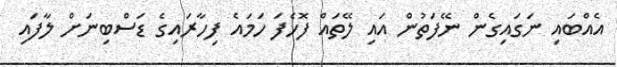
އެއްބައި ނަގައިގެން ނޭފަތުން އައި ލޭތައް ފޮހެފަ ހަމައެ ފިހާރައިގެ ޑަސްބިނަށް ލާފައި